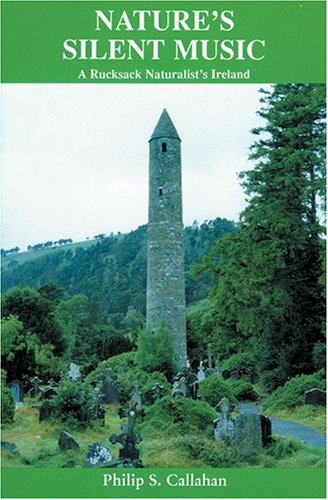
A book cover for Nature's Silent Music: A Rucksack Naturalist's Ireland; Ph.D. Philip S. Callahan; Travel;